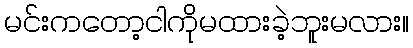
မင်းကတော့ငါကိုမထားခဲ့ဘူးမလား။